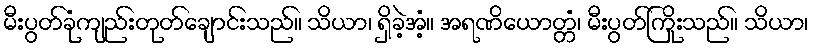
မီးပွတ်ခုံကျည်းတုတ်ချောင်းသည်။ သိယာ၊ ရှိခဲ့အံ့။ အရဏိယောတ္တံ၊ မီးပွတ်ကြိုးသည်။ သိယာ၊